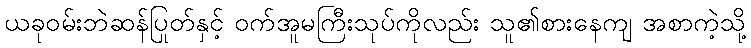
ယခုဝမ်းဘဲဆန်ပြုတ်နှင့် ဝက်အူမကြီးသုပ်ကိုလည်း သူ၏စားနေကျ အစာကဲ့သို့